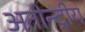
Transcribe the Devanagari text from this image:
अतीन्‍द्रीय